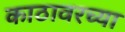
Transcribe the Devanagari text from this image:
काठावरच्या